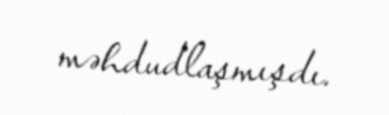
məhdudlaşmışdı.